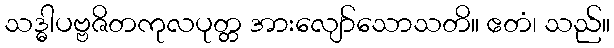
သဒ္ဓါပဗ္ဗဇိတကုလပုတ္တ အားလျော်သောသတိ။ ဧတံ၊ သည်။